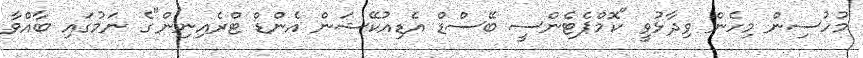
މުހުސިން މިހެން ވިދާޅުވީ "ކޮމްޕެޓެންސީ ބޭސްޑް އެޑިއުކޭޝަން އެންޑް ޓްރެއިނިން"ގެ ނަމުގައި ބާއްވާ